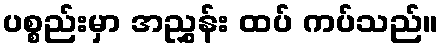
ပစ္စည်းမှာ အညွှန်း ထပ် ကပ်သည်။